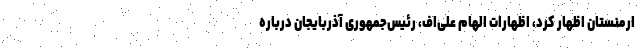
ارمنستان اظهار کرد، اظهارات الهام علی‌اف، رئیس‌جمهوری آذربایجان درباره